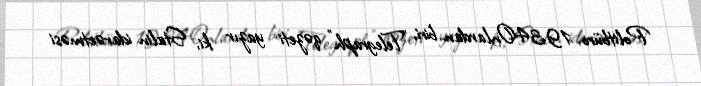
Politbüro, 1934Onlardan biri, "Telegraph" qəzeti yazır ki, Stalin idarəetməsi